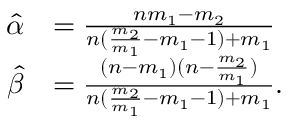
{ \begin{array} { r l } { { \widehat { \alpha } } } & { = { \frac { n m _ { 1 } - m _ { 2 } } { n ( { \frac { m _ { 2 } } { m _ { 1 } } } - m _ { 1 } - 1 ) + m _ { 1 } } } } \\ { { \widehat { \beta } } } & { = { \frac { ( n - m _ { 1 } ) ( n - { \frac { m _ { 2 } } { m _ { 1 } } } ) } { n ( { \frac { m _ { 2 } } { m _ { 1 } } } - m _ { 1 } - 1 ) + m _ { 1 } } } . } \end{array} }